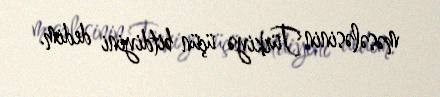
məsələsinin Türkiyə üçün bitdiyini dedim.